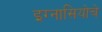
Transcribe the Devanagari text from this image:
इग्नासियोचे